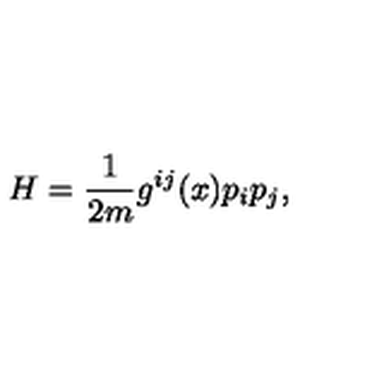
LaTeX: H = \frac { 1 } { 2 m } g ^ { i j } ( x ) p _ { i } p _ { j } ,